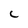
Character: C